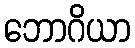
ဘောဂိယာ